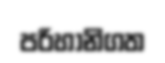
පරිහානිගත